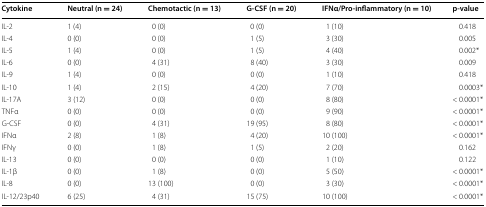
<table><thead><tr><td><b>Cytokine</b></td><td><b>Neutral (n = 24)</b></td><td><b>Chemotactic (n = 13)</b></td><td><b>G-CSF (n = 20)</b></td><td><b>IFNα/Pro-inflammatory (n = 10)</b></td><td><b>p-value</b></td></tr></thead><tbody><tr><td>IL-2</td><td>1 (4)</td><td>0 (0)</td><td>0 (0)</td><td>1 (10)</td><td>0.418</td></tr><tr><td>IL-4</td><td>0 (0)</td><td>0 (0)</td><td>1 (5)</td><td>3 (30)</td><td>0.005</td></tr><tr><td>IL-5</td><td>1 (4)</td><td>0 (0)</td><td>1 (5)</td><td>4 (40)</td><td>0.002*</td></tr><tr><td>IL-6</td><td>0 (0)</td><td>4 (31)</td><td>8 (40)</td><td>3 (30)</td><td>0.009</td></tr><tr><td>IL-9</td><td>1 (4)</td><td>0 (0)</td><td>0 (0)</td><td>1 (10)</td><td>0.418</td></tr><tr><td>IL-10</td><td>1 (4)</td><td>2 (15)</td><td>4 (20)</td><td>7 (70)</td><td>0.0003*</td></tr><tr><td>IL-17A</td><td>3 (12)</td><td>0 (0)</td><td>0 (0)</td><td>8 (80)</td><td>&lt; 0.0001*</td></tr><tr><td>TNFα</td><td>0 (0)</td><td>0 (0)</td><td>0 (0)</td><td>9 (90)</td><td>&lt; 0.0001*</td></tr><tr><td>G-CSF</td><td>0 (0)</td><td>4 (31)</td><td>19 (95)</td><td>8 (80)</td><td>&lt; 0.0001*</td></tr><tr><td>IFNα</td><td>2 (8)</td><td>1 (8)</td><td>4 (20)</td><td>10 (100)</td><td>&lt; 0.0001*</td></tr><tr><td>IFNγ</td><td>0 (0)</td><td>1 (8)</td><td>1 (5)</td><td>2 (20)</td><td>0.162</td></tr><tr><td>IL-13</td><td>0 (0)</td><td>0 (0)</td><td>0 (0)</td><td>1 (10)</td><td>0.122</td></tr><tr><td>IL-1β</td><td>0 (0)</td><td>1 (8)</td><td>0 (0)</td><td>5 (50)</td><td>&lt; 0.0001*</td></tr><tr><td>IL-8</td><td>0 (0)</td><td>13 (100)</td><td>0 (0)</td><td>3 (30)</td><td>&lt; 0.0001*</td></tr><tr><td>IL-12/23p40</td><td>6 (25)</td><td>4 (31)</td><td>15 (75)</td><td>10 (100)</td><td>&lt; 0.0001*</td></tr></tbody></table>